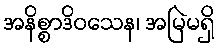
အနိစ္စာဒိဝသေန၊ အမြဲမရှိ